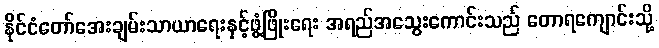
နိုင်ငံတော်အေးချမ်းသာယာရေးနှင့်ဖွံ့ဖြိုးရေး အရည်အသွေးကောင်းသည် တောရကျောင်းသို့